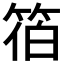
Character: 𮅓